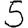
Digit: 5